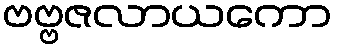
ဗဗ္ဗဇလာယကော